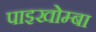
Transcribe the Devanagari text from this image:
पाइखोम्बा